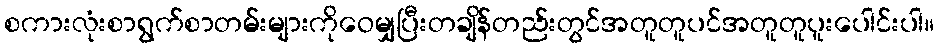
စကားလုံးစာရွက်စာတမ်းများကိုဝေမျှပြီးတချိန်တည်းတွင်အတူတူပင်အတူတူပူးပေါင်းပါ။